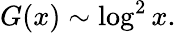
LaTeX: G(x)\sim\log^{2}x.